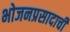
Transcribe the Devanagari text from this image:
भोजनप्रसादाची